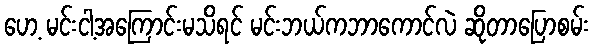
ဟေ့ မင်းငါ့အကြောင်းမသိရင် မင်းဘယ်ကဘာကောင်လဲ ဆိုတာပြောစမ်း